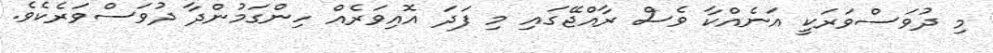
މި ދުވަސްވަރަކީ އަނެއްކާ ވެސް ރާއްޖޭގައި މި ފަދަ އޮއިވަރެއް ހިންގަމުންދާ ދުވަސްވަރެކެވެ.